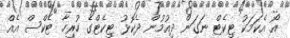
އޯ އެކަމަކު ޓިކެޓް ނަގަން ދިއުމުން ދެކޮޅު ޓިކެޓްގެ ހުރިހާ ޓެކްސް އެއް